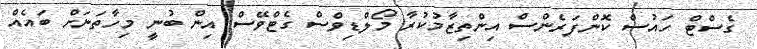
ގެސްޓް ހައުސް ކޮންފަރެންސް އިންތިޒާމުކުރާ މޯލްޑިވްސް ގެޓްވޭސް އިން ބުނީ މިހާތަނަށް ބައެއް